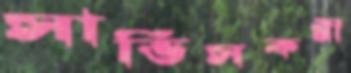
সার্ভিসকর্মী